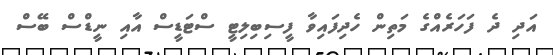
އަދި ދެ ފަހަރެއްގެ މަތިން ހެދިފައިވާ ފީސިބިލިޓީ ސްޓަޑީސް އާއި ނީޑްސް ބޭސް